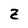
Character: Z